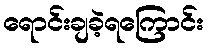
ရောင်းချခဲ့ရကြောင်း